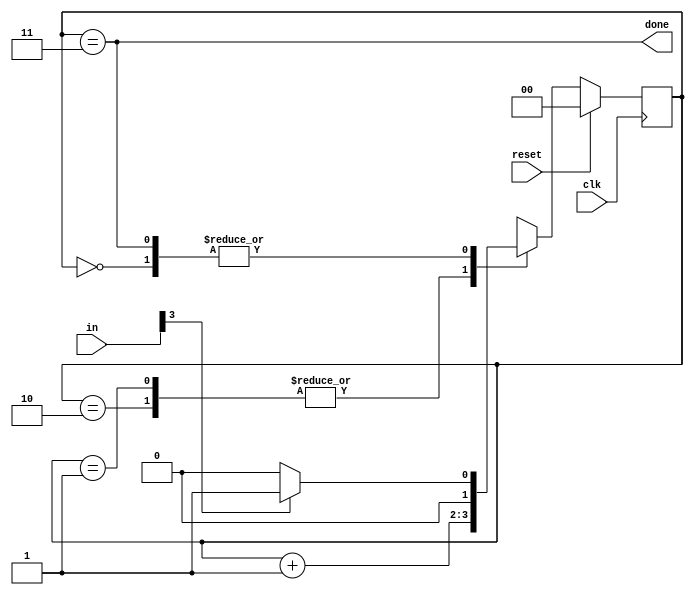
module top_module(
    input clk,
    input [7:0] in,
    input reset,    // Synchronous reset
    output done); //

    localparam WAIT=2'd0, B0=2'd1, B1=2'd2, B2=2'd3;
    reg [1:0] state;
    wire [1:0] next_state;
    
    // State transition logic (combinational)
    always @(*) begin
        case (state)
            WAIT: next_state = in[3]? B0 : WAIT;
            B0, B1: next_state = state + 2'b1;
            B2: next_state = in[3]? B0 : WAIT;
        endcase
        
    end
    
    // State flip-flops (sequential)
    always @(posedge clk) begin
        if (reset) begin
            state <= WAIT;
        end else begin
            state <= next_state;
        end
    end
 
    // Output logic
    assign done = state == B2;

endmodule